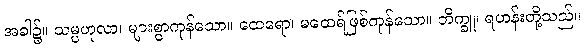
အခါ၌။ သမ္ပဟုလာ၊ များစွာကုန်သော။ ထေရော၊ မထေရ်ဖြစ်ကုန်သော။ ဘိက္ခူ၊ ရဟန်းတို့သည်။